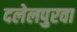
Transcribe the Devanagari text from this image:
दलेलपुरवा